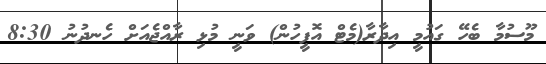
މޫސުމާ ބެހޭ ގައުމީ އިދާރާ(މެޓް އޮފީހުން) ވަނީ މުޅި ރާއްޖެއަށް ހެނދުނު 8:30